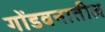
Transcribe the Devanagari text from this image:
गोंडवनातील